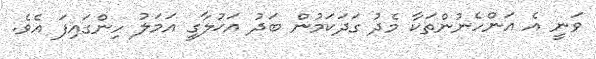
ވަނީ އެ އަންހެނުންތަކާ މެދު ގަދަކަމުން ބަދު އަޚުލާގީ އަމަލު ހިންގައިފަ އެވެ.